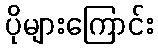
ပိုများကြောင်း